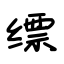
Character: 缥